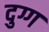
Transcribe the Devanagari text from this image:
दुग्ग